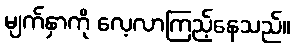
မျက်နှာကို လေ့လာကြည့်နေသည်။